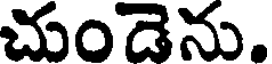
చుండెను.